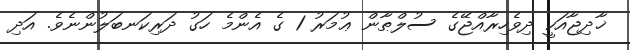
ޚާދިޖާއަކީ ދިވެހިރާއްޖޭގެ ސުލްޠާން ޢުމަރު 1 ގެ އެންމެ ހަގު ދަރިކަނބަލުންނެވެ. އަދި